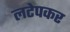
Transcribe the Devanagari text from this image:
लटेपकर